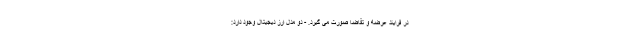
در فرایند عرضه و تقاضا صورت می گیرد. - دو مدل ارز دیجیتال وجود دارد: